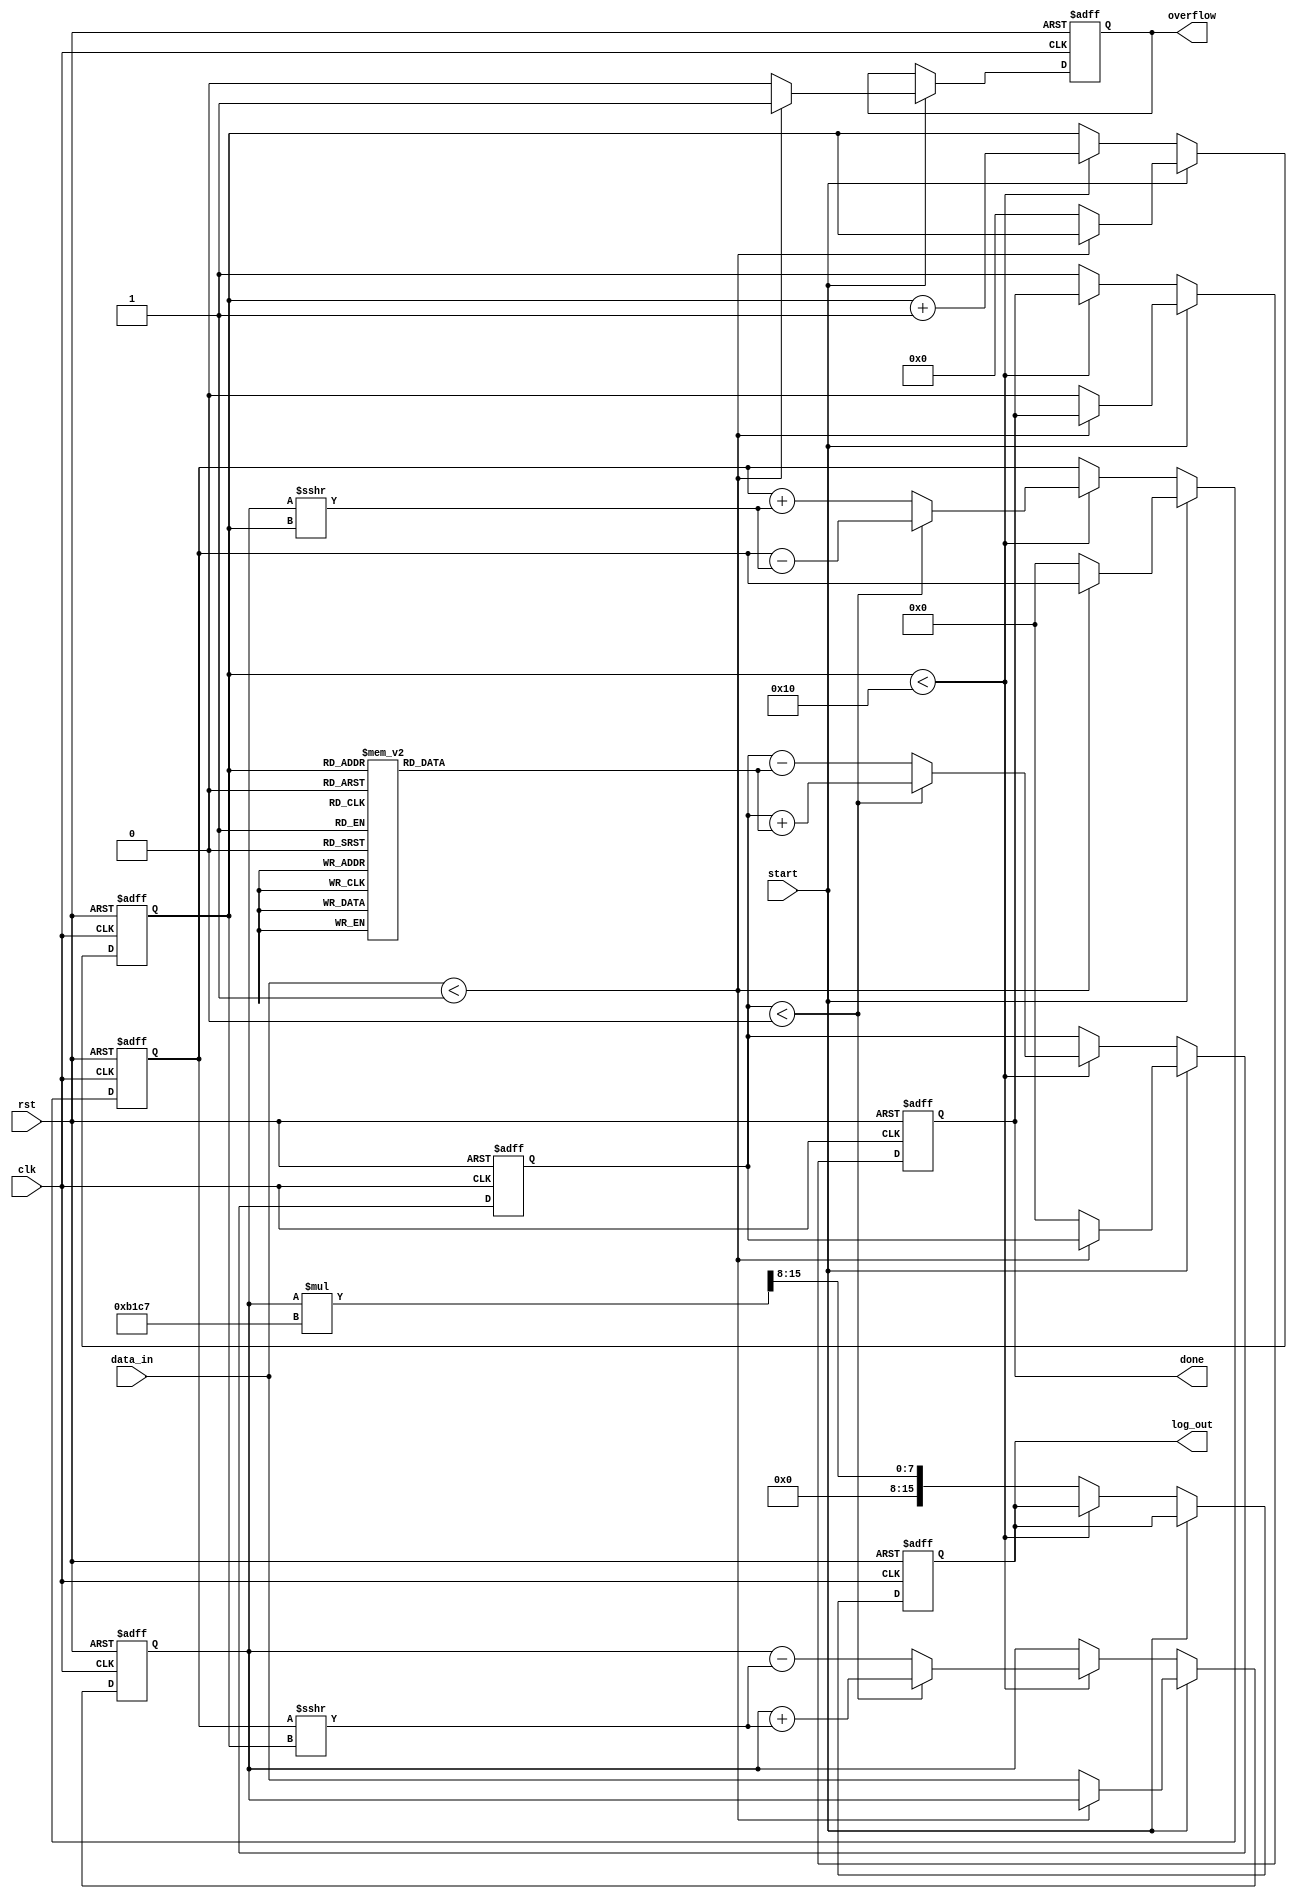
module cordic_logarithm (
    input wire clk,
    input wire rst,
    input wire start,
    input wire [15:0] data_in, // Input value for logarithm calculation
    output reg [15:0] log_out,  // Resulting logarithmic value
    output reg done,            // Indicates completion
    output reg overflow         // Overflow flag
);

    // CORDIC parameters
    parameter NUM_ITERATIONS = 16; // Number of iterations for CORDIC
    reg [15:0] angle_table [0:NUM_ITERATIONS-1]; // Precomputed angle table
    reg [15:0] x, y, z; // CORDIC variables
    reg [3:0] iteration; // Iteration counter
    reg [15:0] scaling_factor = 16'hB1C7; // Scaling factor for logarithm

    // Initialize angle table
    initial begin
        angle_table[0] = 16'h0000; // 0 degrees
        angle_table[1] = 16'h1C71; // 45 degrees
        angle_table[2] = 16'h1A62; // 26.565 degrees
        angle_table[3] = 16'h186A; // 14.036 degrees
        // ... Fill with other angles as needed
        angle_table[NUM_ITERATIONS-1] = 16'h0000; // Last angle
    end

    // State machine for CORDIC processing
    always @(posedge clk or posedge rst) begin
        if (rst) begin
            log_out <= 0;
            done <= 0;
            overflow <= 0;
            iteration <= 0;
            x <= 0;
            y <= 0;
            z <= 0;
        end else if (start) begin
            // Normalize input
            if (data_in < 16'h0001) begin
                overflow <= 1; // Input is too small
            end else begin
                overflow <= 0;
                x <= data_in; // Load input value
                y <= 0; // Initialize y
                z <= 0; // Initialize angle
                iteration <= 0; // Reset iteration
                done <= 0; // Reset done signal
            end
        end else if (iteration < NUM_ITERATIONS) begin
            // CORDIC iteration
            if (z < 0) begin
                // Counter-clockwise rotation
                x <= x + (y >>> iteration);
                y <= y - (x >>> iteration);
                z <= z + angle_table[iteration];
            end else begin
                // Clockwise rotation
                x <= x - (y >>> iteration);
                y <= y + (x >>> iteration);
                z <= z - angle_table[iteration];
            end
            iteration <= iteration + 1;
        end else begin
            // Final output processing
            log_out <= (x * scaling_factor) >> 8; // Scale output
            done <= 1; // Set done signal
        end
    end

endmodule